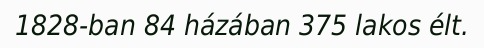
1828-ban 84 házában 375 lakos élt.